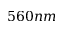
5 6 0 n m